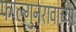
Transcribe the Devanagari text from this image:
फाल्गुनरावाच्या